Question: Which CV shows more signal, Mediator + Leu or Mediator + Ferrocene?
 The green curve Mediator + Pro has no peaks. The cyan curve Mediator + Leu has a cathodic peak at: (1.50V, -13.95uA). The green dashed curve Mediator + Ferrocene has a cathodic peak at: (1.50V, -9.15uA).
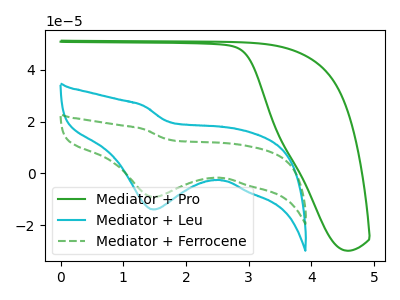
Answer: <think>All the peaks in "Mediator + Leu" have a peak in "Mediator + Ferrocene" at the same potential. Every peak in "Mediator + Leu" is higher than every peak in "Mediator + Ferrocene".
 </think>
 <answer>"Mediator + Leu" has more signal than "Mediator + Ferrocene".</answer>
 <eval>more_signal</eval>